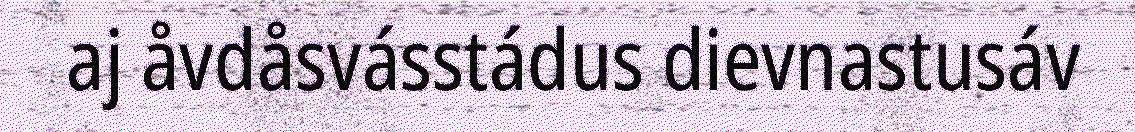
aj åvdåsvásstádus dievnastusáv